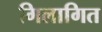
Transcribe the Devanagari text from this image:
गिलागित